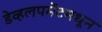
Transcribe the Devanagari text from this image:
डेव्हलपमेंटमधून